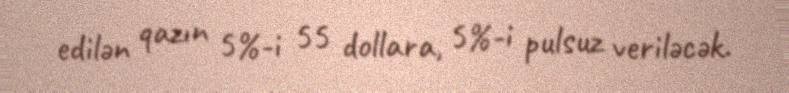
edilən qazın 5%-i 55 dollara, 5%-i pulsuz veriləcək.